Annual report on the lock hospitals of the Madras Presidency
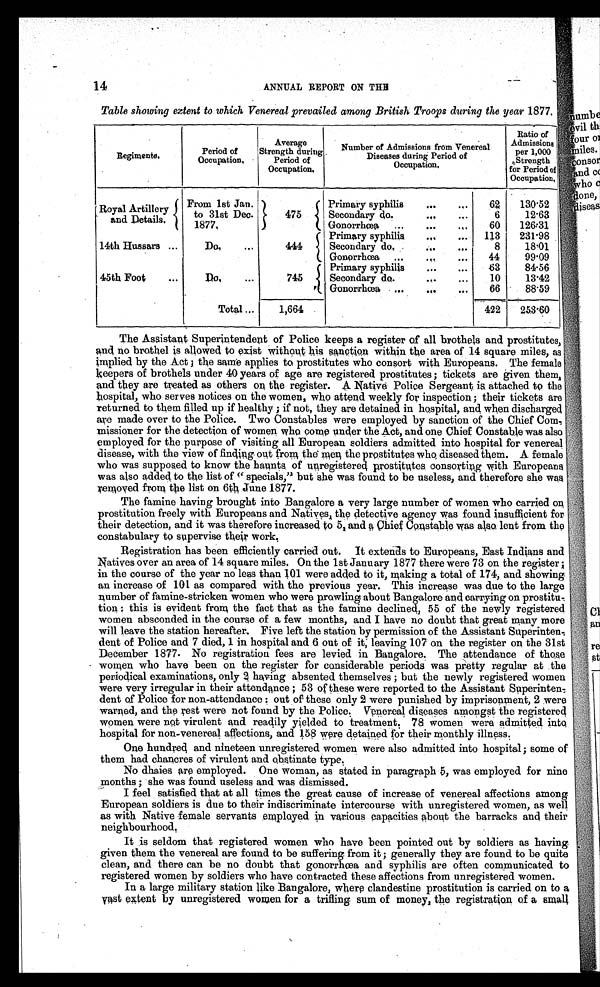
14
ANNUAL REPORT ON THE
Table showing extent to which Venereal prevailed among British Troops during the year 1877.
Regiments.
Period of
Occupation
.
Average
Strength during Period of
O c c u p a t i o n .
Number of Admissions from Venereal
Diseases during
Period of
Occupation.
Ratio of
Admission
s per 1,000
Strength
for Period of
Occupation.
Royal Artillery
and Details.
From 1st Jan.
to 31st Dec
. 1877.
475
Primary syphilis ... ... 62 130.52
Secondary do. ...
...
6 12
.63
Gonorrhœa ... ... .„ 60 126
.31
Primary syphilis
... ... 113 231.98
14th Hussars ...
Do.
...
444
Secondary do,... ... ...
8 18,01
Gonorrhœa ... .,. ... 44 99
.09
Primary syphilis ... ... 63 84.56
45th Foot ...
Do. ... 745
Secondary do.
... ... 10 13.42
Gonorrhœa .... .„ ...
-
66 88.59
Total ... 1,664
422 253.60
The Assistant Superintendent of Police keeps a register of all brothels and prostitutes,
and no brothel is allowed to exist without his sanction within the area of 14 square miles, as
implied by the Act ; the same applies to prostitutes who consort with Europeans. The female
keepers of brothels under 40 years of age are registered prostitutes ; tickets are given them,
and they are treated as others on the register. A Native Police Sergeant is attached to the
hospital, who serves notices on the women, who attend weekly for inspection ; their tickets are
returned to them filled up if healthy ; if not, they are detained in hospital, and when discharged
are made over to the Police. Two Constables were employed by sanction of the Chief Com
m i s s i o n e r f o r t h e d e t e c t i o n o f w o m e n w h o c o m e u n d e r t h e A c t , a n d o n e C h i e f C o n s t a b l e w a s a l s o
employed for the purpose of visiting all European soldiers admitted into hospital for venereal
disease, with the view of finding out from, the men the prostitutes who diseased them. A female
who was supposed to know the haunts of unregistered prostitutes consorting with Europeans
wa s a l s o a dde d t o t he l i s t of “ s pe c i a l s , " but s he wa s f ound t o be us e l e s s , a nd t he r e f or e s he wa s
removed from the list on 6th June 1877.
The famine having brought into Bangalore a very large number of women who carried on
prostitution freely with Europeans and Natives, the detective agency was found insufficient for
their detection, and it was therefore increased to 5, and a chief Constable was also lent from the
constabulary to supervise their work,
Registration has been efficiently carried out. It extends to Europeans, East Indians and
Natives over an area of 14 square miles. On the 1st January 1877 there were 73 on the register ;
in the course of the year no less than 101 were added to it, making a total of 174, and showing
an increase of 101 as compared with the previous year. This increase was due to the large
number of famine-stricken women who were prowling about Bangalore and carrying on prostitu
t i o n ; t h i s i s e v i d e n t f r o m t h e f a c t t h a t a s t h e f a m i n e d e c l i n e d , 5 5 o f t h e n e w l y r e g i s t e r e d
women absconded in the course of a few months, and I have no doubt that great many more
will leave the station hereafter. Five left the station by permission of the Assistant Superinten
dent of Police and 7 died, 1 in hospital and 6 out of it, leaving 107 on the register on the 31st
December 1877. No registration fees are levied in Bangalore. The attendance of those
women who have been on the register for considerable periods was pretty regular at the
periodical examinations, only 2 having absented themselves ; but the newly registered women
were very irregular in their attendance ; 53 of these were reported to the Assistant Superinten
dent of Police for non-attendance : out of these only 2 were punished by imprisonment, 2 were
warned, and the rest were not found by the Police, Venereal diseases amongst the registered
women were not virulent and readily yielded to treatment. 78 women were admitted into
hospital for non-venereal affections, and 158 were detained for their monthly illness.
One hundred and nineteen unregistered women were also admitted into hospital; some of
them had chancres of virulent and Obstinate type.
No dhaies are employed. One woman, as stated in paragraph 5, was employed for nine
months ; she was found useless and was dismissed.
I feel satisfied that at all times the great cause of increase of venereal affections among
European soldiers is due to their indiscriminate intercourse with unregistered women, as well
as with Native female servants employed in various capacities about the barracks and their
neighbourhood,
It is seldom that registered women who have been pointed out by soldiers as having
given them the venereal are found to be suffering from it ; generally they are found to be quite
clean, and there can be no doubt that gonorrhœa and syphilis are often communicated to
registered women by soldiers who have contracted these affections from unregistered women.
In a large military station like Bangalore, where clandestine prostitution is carried on to a
vast extent by unregistered women for a trifling sum of money, the registration of a small